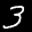
Label: 3